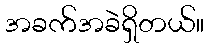
အခက်အခဲရှိတယ်။